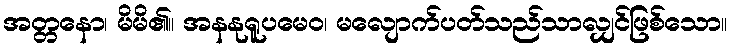
အတ္တနော၊ မိမိ၏။ အနနုရူပမေဝ၊ မလျောက်ပတ်သည်သာလျှင်ဖြစ်သော။